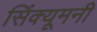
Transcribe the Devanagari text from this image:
सिंक्यूमनी